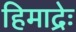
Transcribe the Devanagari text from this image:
हिमाद्रेः